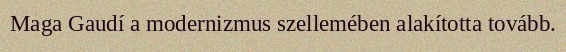
Maga Gaudí a modernizmus szellemében alakította tovább.